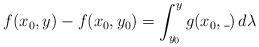
LaTeX: \begin{align*}f(x_0,y) - f(x_0,y_0) = \int_{y_0}^y g(x_0,\_) \,d\lambda\end{align*}